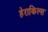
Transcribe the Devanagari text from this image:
हेराकिल्स